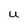
Character: U